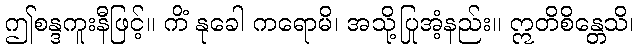
ဤစန္ဒကူးနီဖြင့်။ ကိံ နုခေါ ကရောမိ၊ အသို့ပြုအံ့နည်း။ ဣတိစိန္တေသိ၊